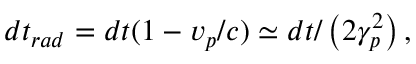
d t _ { r a d } = d t ( 1 - v _ { p } / c ) \simeq d t / \left( 2 \gamma _ { p } ^ { 2 } \right) ,